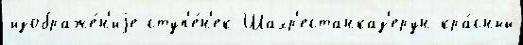
изображе́н'иjе ступ'е́н'ек Шахр'естанказ'ерун кра́сный